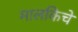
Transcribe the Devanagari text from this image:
मालकिचे